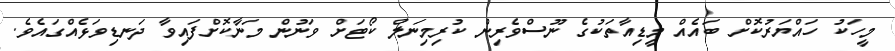
މީހަކު ހައްޔަރުކޮށް ބައެއް މީޑިއާތަކުގެ ނޫސްވެރިން ކުރިމިނަލް ކޯޓަށް ވަނުން މަނާކޮށްފައިވާ ދަނޑިވަޅެއްގައެވެ.